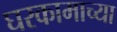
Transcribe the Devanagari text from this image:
घरकामाच्या